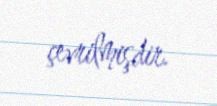
çevrilmişdir.